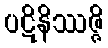
ပဋိနိဿဇ္ဇိ